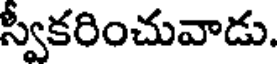
స్వీకరించువాడు.